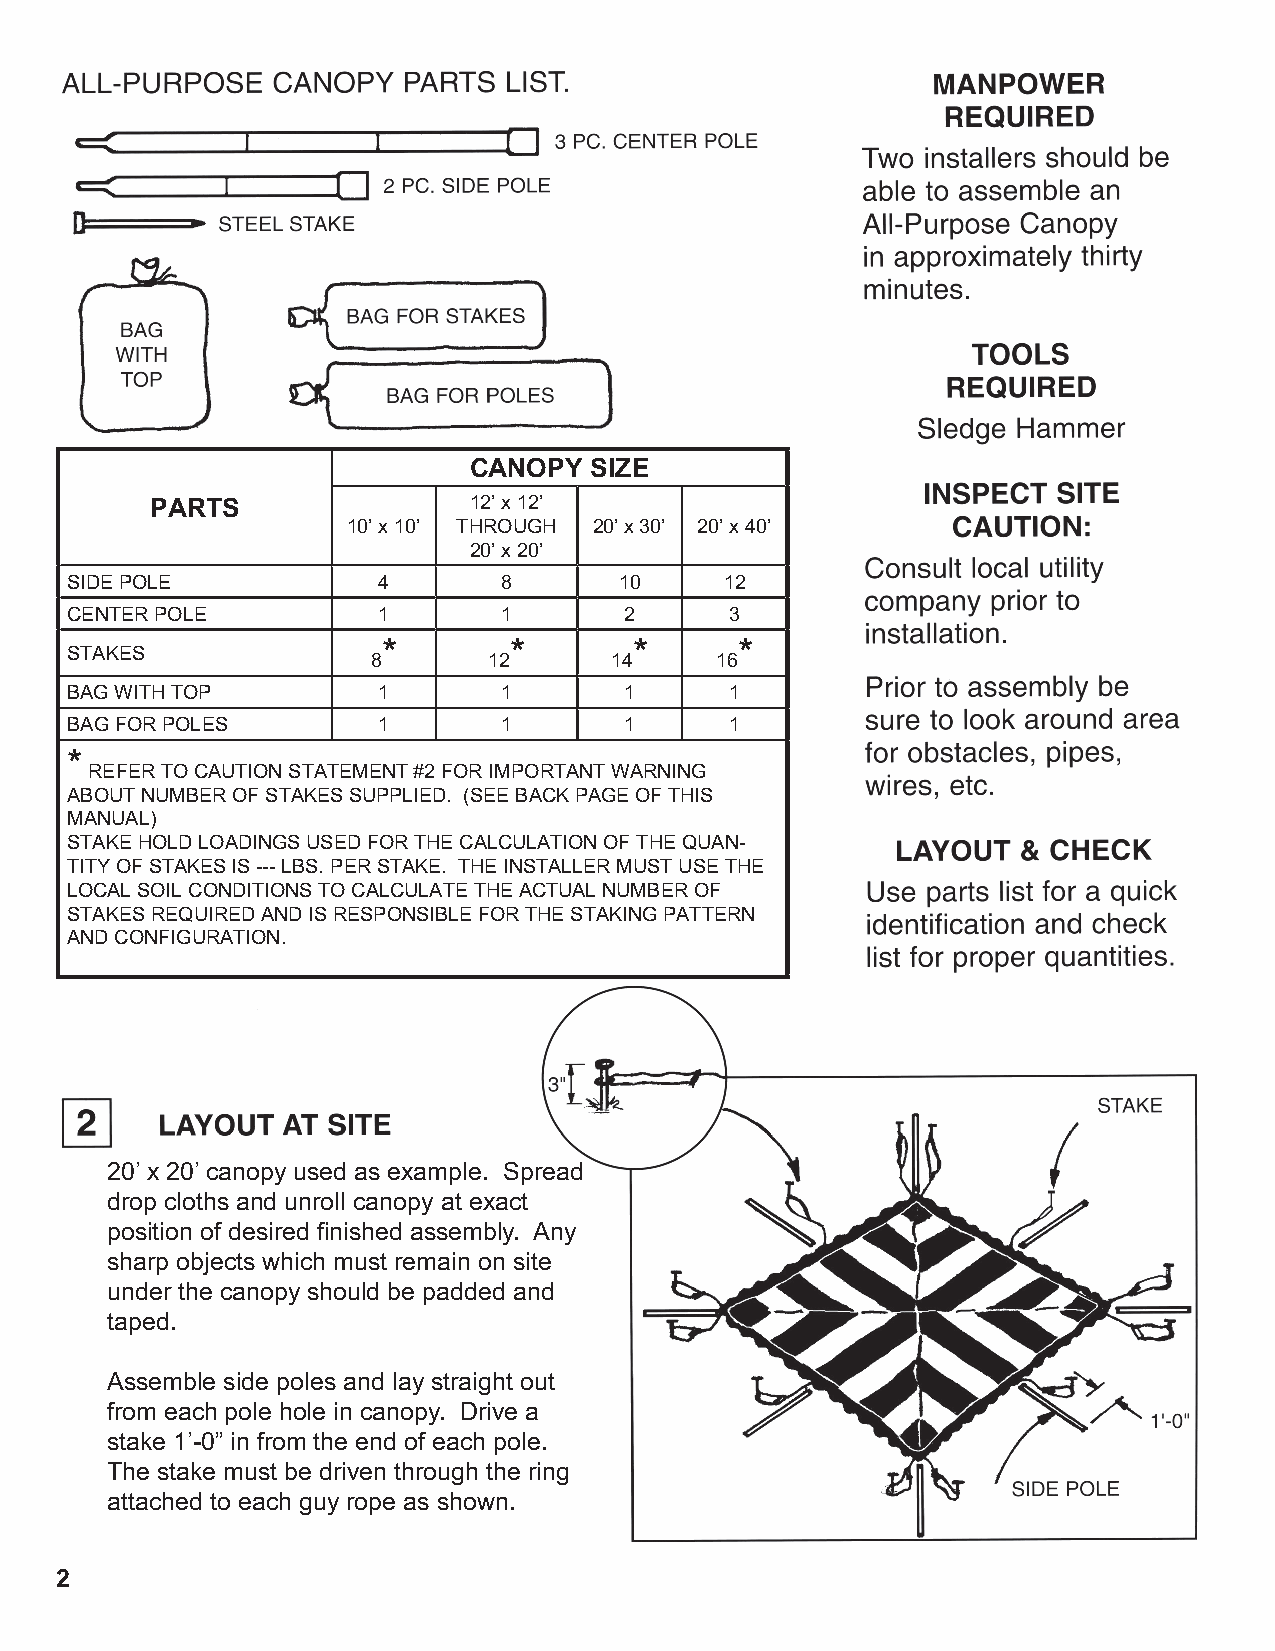
CANOPY  SIZE
 PARTS                12’ x 12’
 10’ x 10’ THROUGH 20’ x 30’ 20’ x 40’
 20’ x 20’
 SIDE POLE            4       8       10     12
 CENTER POLE          1       1       2      3
 *        *       *      *
 STAKES
 8      12      14     16
 BAG WITH TOP         1       1       1      1
 BAG FOR POLES        1       1       1      1
 *
 REFER TO CAUTION STATEMENT #2 FOR IMPORTANT WARNING
 ABOUT NUMBER OF STAKES SUPPLIED. (SEE BACK PAGE OF THIS
 MANUAL)
 STAKE HOLD LOADINGS USED FOR THE CALCULATION OF THE QUAN-
 TITY OF STAKES IS --- LBS. PER STAKE. THE INSTALLER MUST USE THE
 LOCAL SOIL CONDITIONS TO CALCULATE THE ACTUAL NUMBER OF
 STAKES REQUIRED AND IS RESPONSIBLE FOR THE STAKING PATTERN
 AND CONFIGURATION.
 20’ x 20’ canopy used as example. Spread
 drop cloths and unroll canopy at exact
 position of desired Þ nished assembly. Any
 sharp objects which must remain on site
 under the canopy should be padded and
 taped.
 Assemble side poles and lay straight out
 from each pole hole in canopy. Drive a
 stake 1’-0” in from the end of each pole.
 The stake must be driven through the ring
 attached to each guy rope as shown.
 2